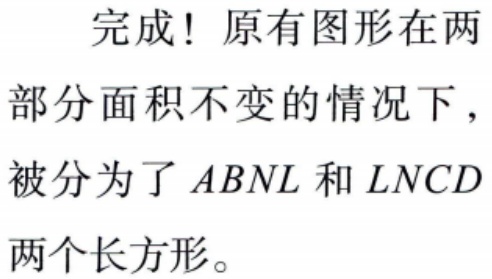
完成！原有图形在两部分面积不变的情况下，被分为了\(ABNL\)和\(LNCD\)两个长方形。